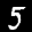
Label: 5